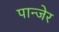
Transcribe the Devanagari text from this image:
पान्जेर